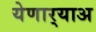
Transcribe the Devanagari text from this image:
येणार्‍याअ